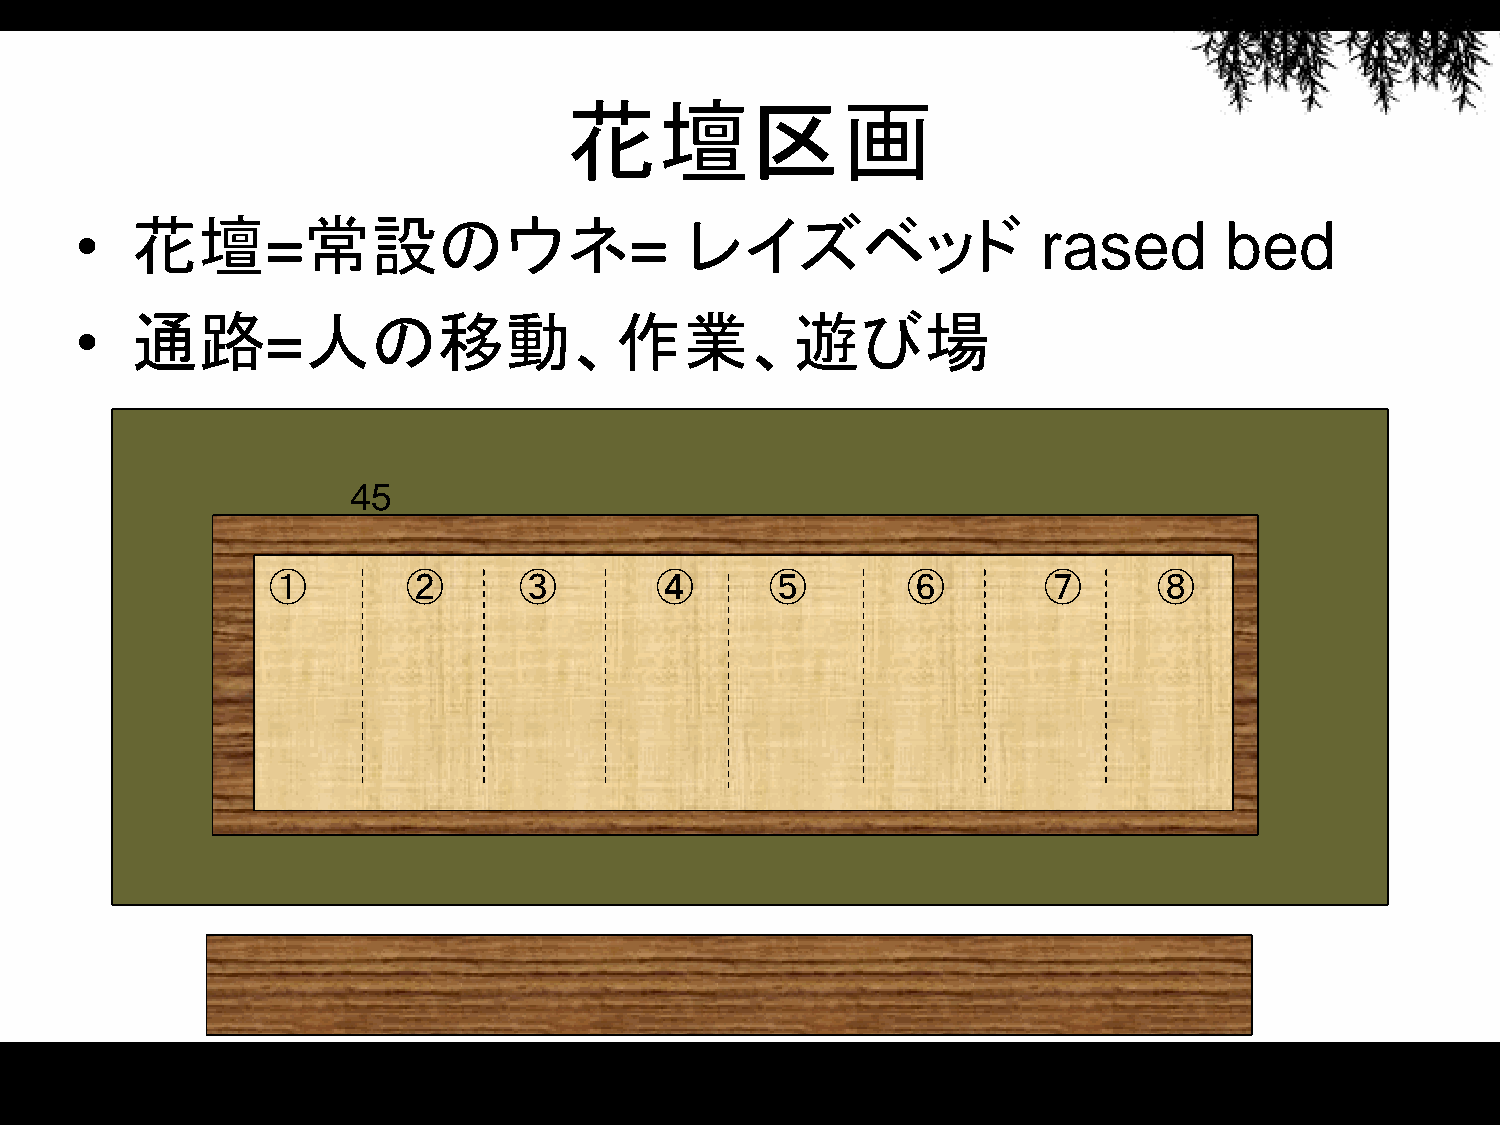
花壇区画
 •   花壇=常設のウネ=                           レイズベッド                  rased       bed
 •   通路=人の移動、作業、遊び場
 45
 ①        ②      ③        ④       ⑤        ⑥        ⑦       ⑧
 90